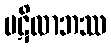
ပဋိလာဘဿ